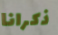
ذكرانا